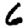
Digit: 6